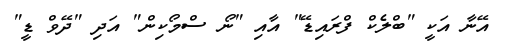
އޭނާ އަކީ "ބްލެކް ފްރައިޑޭ" އާއި "ނޯ ސްމޯކިން" އަދި "ދޭވް ޑީ"